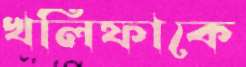
খলিফাকে